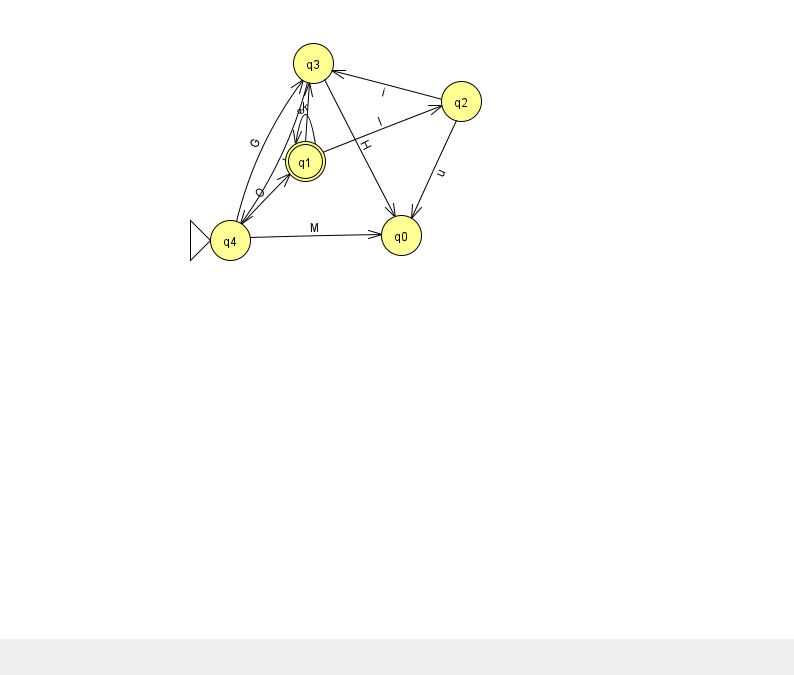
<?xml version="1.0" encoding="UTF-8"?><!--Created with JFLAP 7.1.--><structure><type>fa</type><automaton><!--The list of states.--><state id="0" name="q0"><x>401.0</x><y>222.0</y></state><state id="1" name="q1"><x>305.0</x><y>148.0</y><final/></state><state id="2" name="q2"><x>461.0</x><y>88.0</y></state><state id="3" name="q3"><x>313.0</x><y>50.0</y></state><state id="4" name="q4"><x>230.0</x><y>227.0</y><initial/></state><!--The list of transitions.--><transition><from>1</from><to>2</to><read>l</read></transition><transition><from>2</from><to>0</to><read>u</read></transition><transition><from>3</from><to>4</to><read>k</read></transition><transition><from>4</from><to>0</to><read>M</read></transition><transition><from>1</from><to>3</to><read>e</read></transition><transition><from>4</from><to>3</to><read>G</read></transition><transition><from>1</from><to>1</to><read>k</read></transition><transition><from>2</from><to>3</to><read>i</read></transition><transition><from>4</from><to>1</to><read>O</read></transition><transition><from>3</from><to>0</to><read>H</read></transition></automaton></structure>